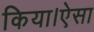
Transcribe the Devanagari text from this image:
किया।ऐसा